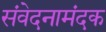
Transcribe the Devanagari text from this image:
संवेदनामंदक